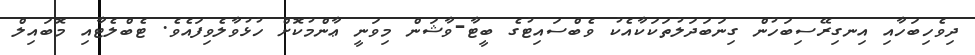
ދިވެހިބަހާއި އިނގިރޭސިބަހުން ގިނަބަދަލުތަކަކާއެކު ވެބްސައިޓުގެ ބީޓާ-ވާޝަން މިވަނީ ޢާންމުކޮށް ހުޅުވާލެވިފައެވެ. ޓެބްލެޓާއި މޮބައިލް